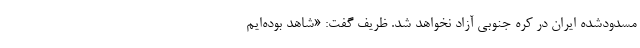
مسدودشده ایران در کره جنوبی آزاد نخواهد شد. ظریف گفت: «شاهد بوده‌ایم